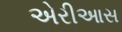
એરીઆસ